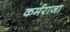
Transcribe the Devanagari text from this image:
कर्मराजा